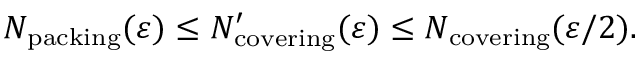
N _ { \mathrm { p a c k i n g } } ( \varepsilon ) \leq N _ { \mathrm { c o v e r i n g } } ^ { \prime } ( \varepsilon ) \leq N _ { \mathrm { c o v e r i n g } } ( \varepsilon / 2 ) .